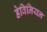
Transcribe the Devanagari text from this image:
डेविनियन